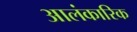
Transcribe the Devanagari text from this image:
आलंकारिक